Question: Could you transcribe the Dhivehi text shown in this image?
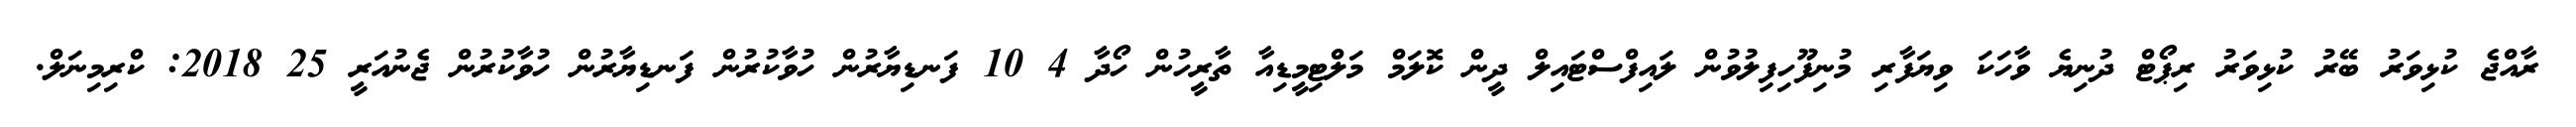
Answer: ރާއްޖެ ކުޅިވަރު ބޭރު ކުޅިވަރު ރިޕޯޓް ދުނިޔެ ވާހަކަ ވިޔަފާރި މުނިފޫހިފިލުވުން ލައިފްސްޓައިލް ދީން ކޮލަމް މަލްޓިމީޑިއާ ތާރީހުން ހޯދާ 4 10 ފަނޑިޔާރުން ހުވާކުރުން ފަނޑިޔާރުން ހުވާކުރުން ޖެނުއަރީ 25 2018: ކްރިމިނަލް.